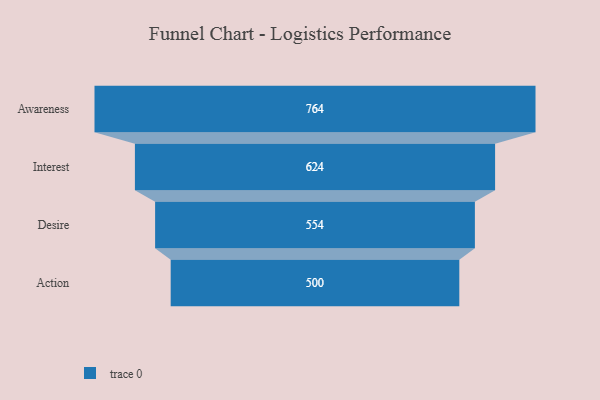
{"axis": {"x": "Stage", "y": "Value"}, "legend": [""], "data": [{"x": "Awareness", "y": 764.0, "type": ""}, {"x": "Interest", "y": 624.0, "type": ""}, {"x": "Desire", "y": 554.0, "type": ""}, {"x": "Action", "y": 500, "type": ""}]}